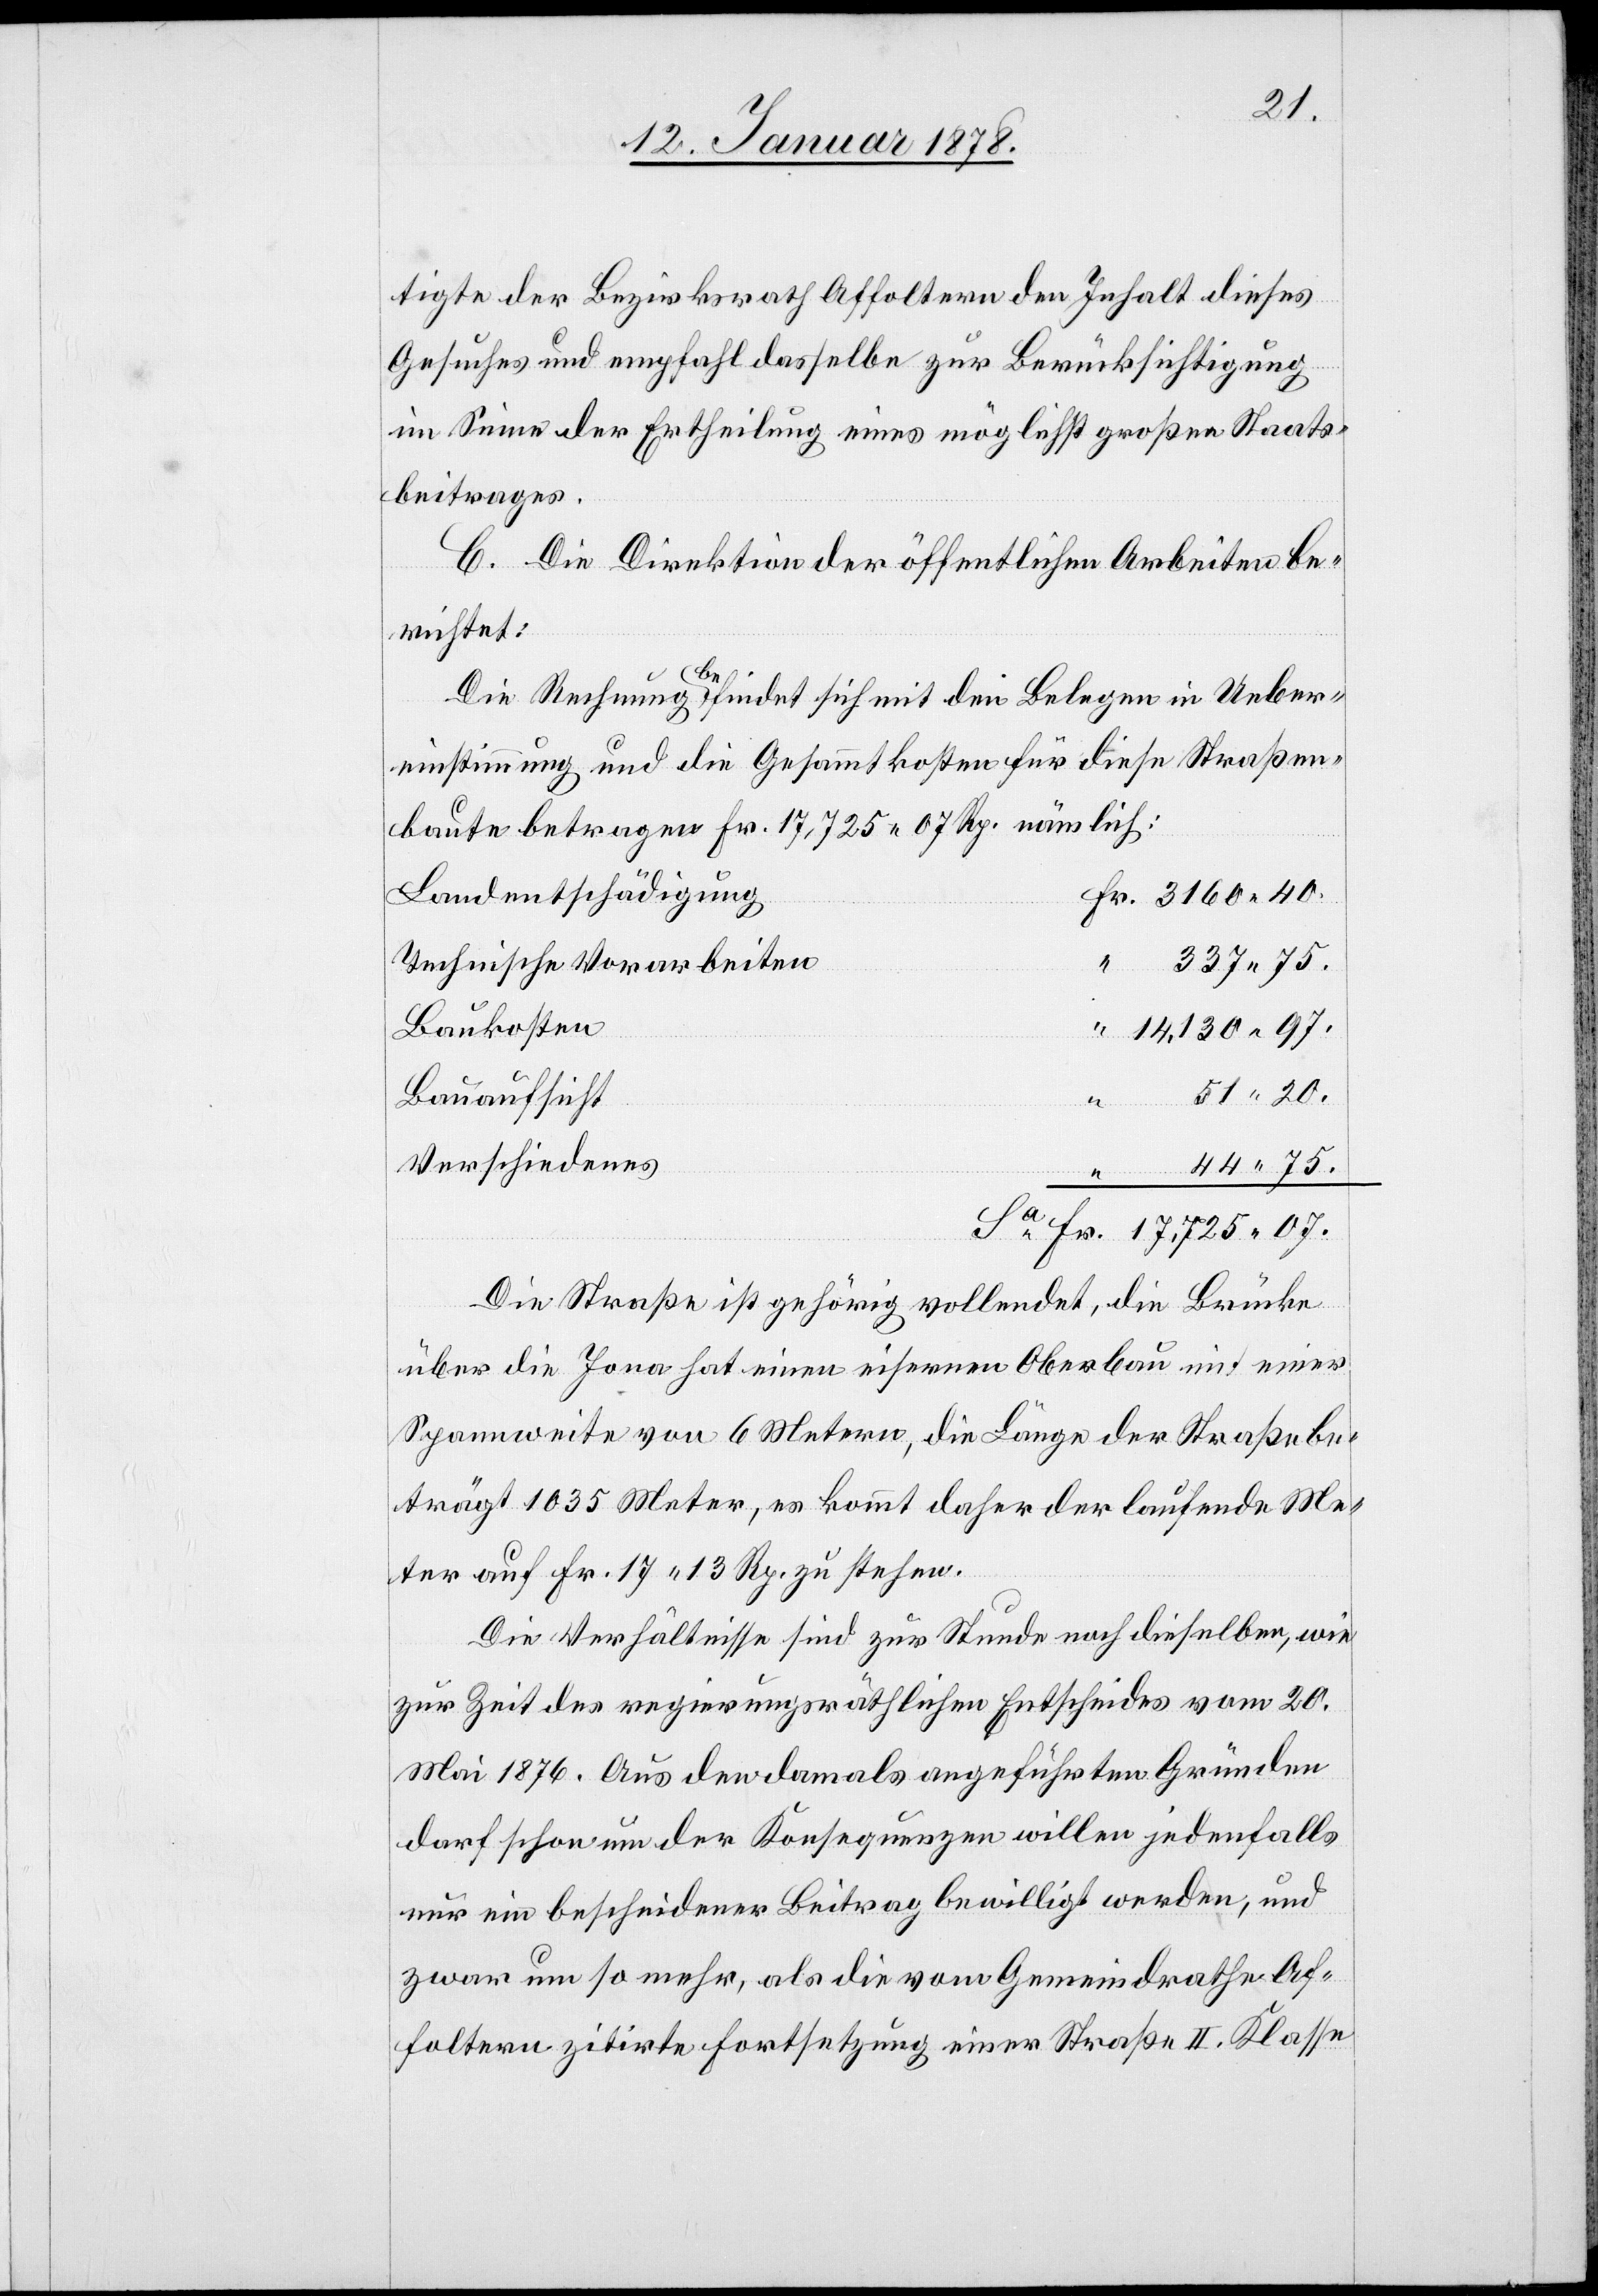
tigte der Bezirksrath Affoltern den Inhalt dieses
Gesuches und empfahl dasselbe zur Berücksichtigung
im Sinne der Ertheilung eines möglichst großen Staats¬
beitrages.
C. Die Direktion der öffentlichen Arbeiten be¬
richtet:
Die Rechnung befindet sich mit drei Belegen in Ueber¬
einstimmung und die Gesammtkosten für diese Straßen¬
baute betragen Fr. 17,725. 07 Rp. nämlich:
Landentschädigun¬
g	Fr. 3160.40
Technische Vorarbeiten
337.75
“ 14,130.97
51.20
Verschiedenes
44.75
Sa. Fr. 17,725.07
Die Straße ist gehörig vollendet, die Brücke
über die Jona hat einen eisernen Oberbau mit einer
Spannweite von 6 Metern, die Länge der Straße be¬
trägt 1035 Meter, es kommt daher der laufende Me¬
ter auf Fr. 17.13 Rp. zu stehen.
Die Verhältnisse sind zur Stunde noch dieselben, wie
zur Zeit des regierungsräthlichen Entscheides vom 20
Mai 1876. Aus den damals angeführten Gründen
darf schon um der Konsequenzen willen jedenfalls
nur ein bescheidener Beitrag bewilligt werden, und
zwar um so mehr, als die vom Gemeindrathe Af¬
foltern zitirte Fortsetzung einer Straße II. Klasse